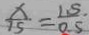
\frac { x } { 1 5 } = \frac { 1 . 5 } { 0 . 5 }